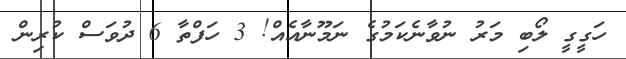
ހަގީގީ ލޯބި މަރު ނުވާނެކަމުގެ ނަމޫނާއެއް! 3 ހަފްތާ 6 ދުވަސް ކުރިން